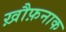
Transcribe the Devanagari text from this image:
ख़ौफ़नाक